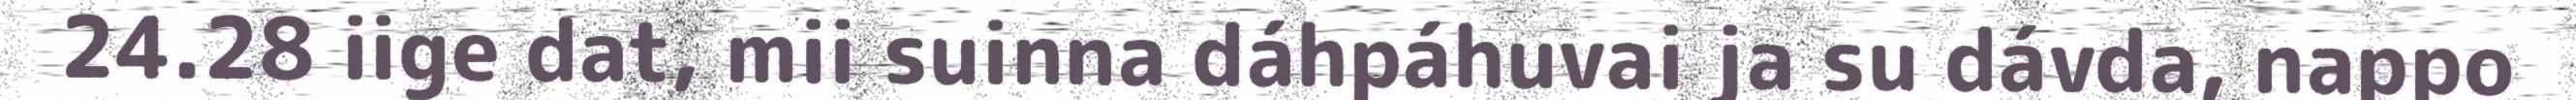
24.28 iige dat, mii suinna dáhpáhuvai ja su dávda, nappo